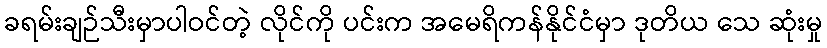
ခရမ်းချဉ်သီးမှာပါဝင်တဲ့ လိုင်ကို ပင်းက အမေရိကန်နိုင်ငံမှာ ဒုတိယ သေ ဆုံးမှု